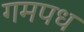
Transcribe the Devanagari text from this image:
गमपध